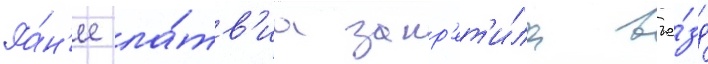
Ра́н'ее ла́тв'иа запр'ет'и́ла въе́зд